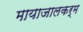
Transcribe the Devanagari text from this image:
मायाजालकर्म